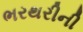
ભરથરીની